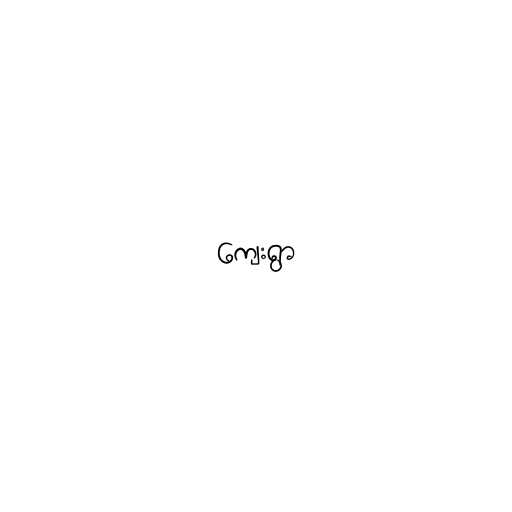
ကျေးရွာ